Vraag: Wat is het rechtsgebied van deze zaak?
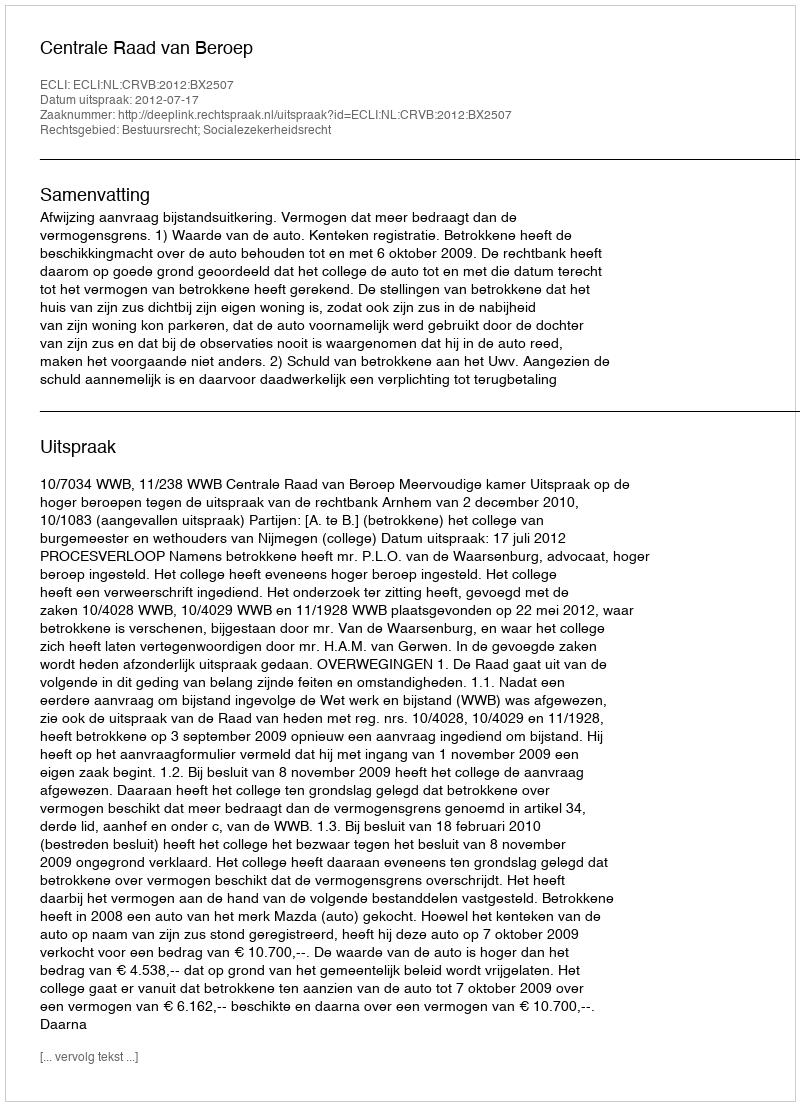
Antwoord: Bestuursrecht; Socialezekerheidsrecht